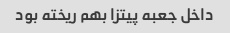
داخل جعبه پیتزا بهم ریخته بود